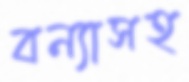
বন্যাসহ